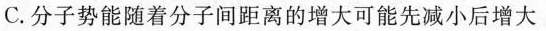
C.分子势能随着分子间距离的增大可能先减小后增大